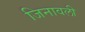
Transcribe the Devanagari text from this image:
जिनावली